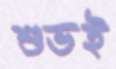
শুভই